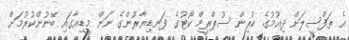
އެ ތަފްސީލަށް ދިއުމުގެ ކުރިން ސުޕްރީމް ކޯޓުގެ ފަނޑިޔާރުންގެ ނަން މީޑިއާގައި ބޭނުންކުރުމަށް